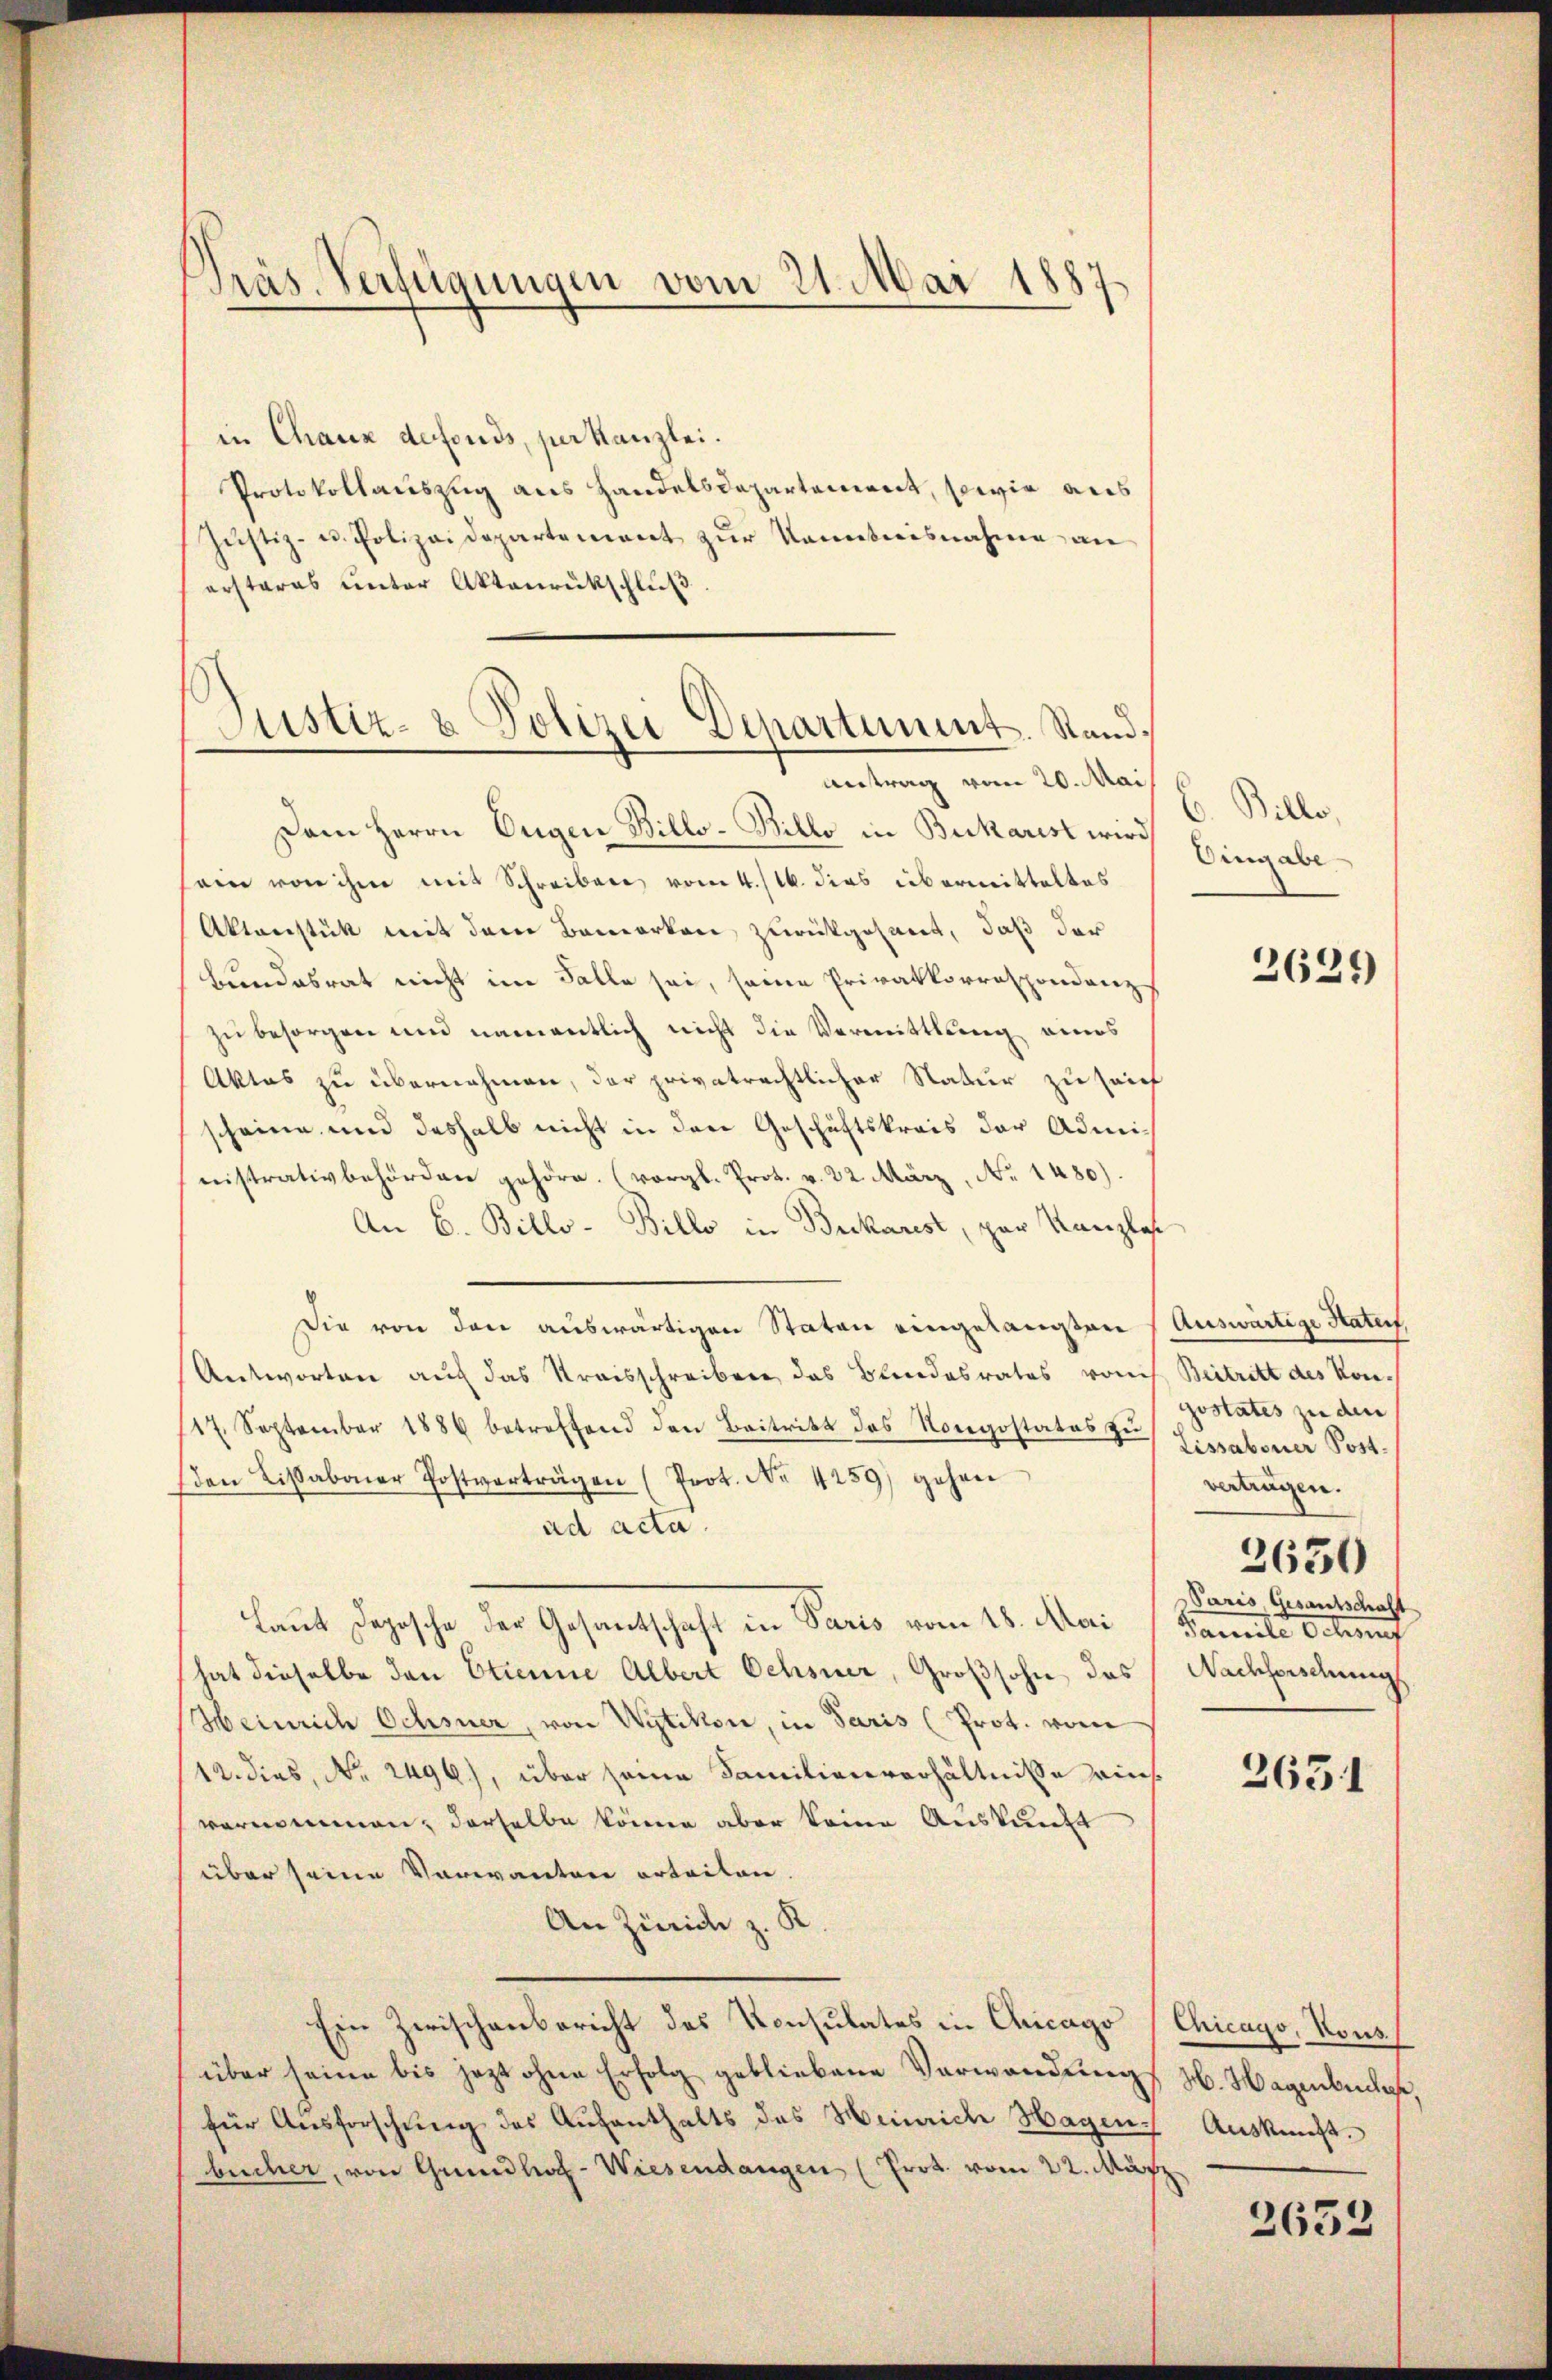
Präs. Verfügungen vom 21. Mai 1887

in Chaux defonds, per Kanzlei.
Protokollauszug aus Handelsdepartement, sowie aus
Jŭstiz- u. Polizeidepartement zŭr Kenntnisnahme an
erstares unter Akteurukschluß
Dem Herrn Eugen Billo-Billo in Bukarist wird
ein von ihm mit Schreiben vom 4./16. dies übermitteltes
Aktenstück mit dem Bemerken, zurückgesant, daß der
Bundesrat nicht im Falle sei, seine Privatkorrespondenz
zu besorgen und namentlich nicht die Vermittlung eines
Aktas zu übernehmen, der privatrechtlicher Natur zu sein
scheine und deshalb nicht in den Geschäftskreis der Administrativbehörden gehöre. (vergl. Prot. v. 22. März, No. 1480).
An 6. Billo-Billo in Brikarest, par Kanzlos
Die von den auswärtigen Staton eingelangten Auswärtige Haterf
Antworten auch das Kreisschreiben das Blindesrates vom
117. September 1886 betreffend den Beitritt das Nongostates zŭ
(den Lisaboner Postverträgen (Prot. No. 4259) gehen
ad acta.
laut Logische der Gesandtschaft in Paris vom 18. Mai
hat dieselbe den Etienne Albert Ochsner, Großsohn, das
Heinrich Ochsner, von Wytikon, in Paris (Prot. vom
12. dies, Nr. 2496), über seine Familienverhältnisse eins
vernommen, derselbe könne aber keine Auskunft
über seine Verwanten erteilen.
An Zürich z. K
Ein Zwischenbericht des Konsulates in Chicago (Chicago, Nous
über seine bis jetzt ohne Erfolg gebliebene Verwendung
für Ausforschung des Aufenthalts des Heinriche Hagen
bücher, von Grundhof-Wiesendangen (Prot. vom 22. März

Justiz- & Polizei Departement. Stand.
Antrag vom 20. Mai

6. Bille,
Eingabe

2629

Beitritt des Kon-
gostates in den
Lissaboner Post.
vertrügen.
2650
aris, Gesantschaft
Samte Getung
Nachforschung
2631

H. Hagenbuches,
Auskunft.

2632